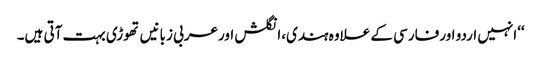
‘‘انہیں اردو اورفارسی کے علاوہ ہندی،انگلش اورعربی زبانیں تھوڑی بہت آتی ہیں۔